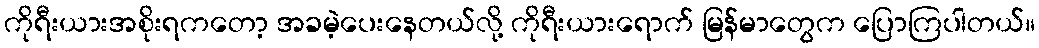
ကိုရီးယားအစိုးရကတော့ အခမဲ့ပေးနေတယ်လို့ ကိုရီးယားရောက် မြန်မာတွေက ပြောကြပါတယ်။